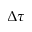
\Delta \tau